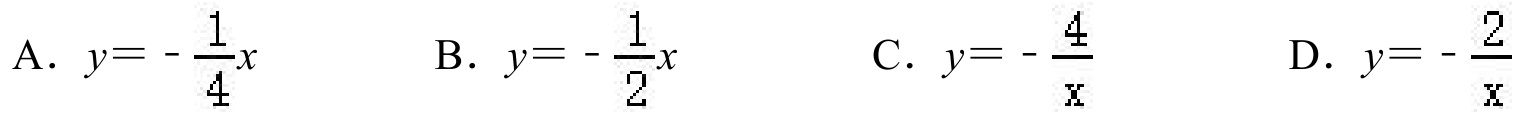
A. \(y = -\frac{1}{4}x\)
B. \(y = -\frac{1}{2}x\)
C. \(y = -\frac{4}{x}\)
D. \(y = -\frac{2}{x}\)